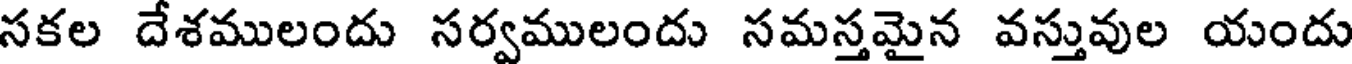
సకల దేశములందు సర్వములందు సమస్తమైన వస్తువుల యందు